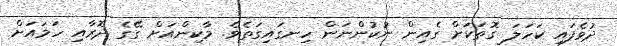
ދުވެފައި ކަހަލަ ގޮތަކަށް ގެއިން ނުކުންނަން ހިނގައިގަތެވެ. މާކިންއަށް ގޭގެ ދޮރާއި ހަމައަށް